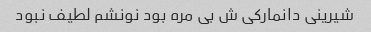
شیرینی دانمارکی ش بی مره بود نونشم لطیف نبود